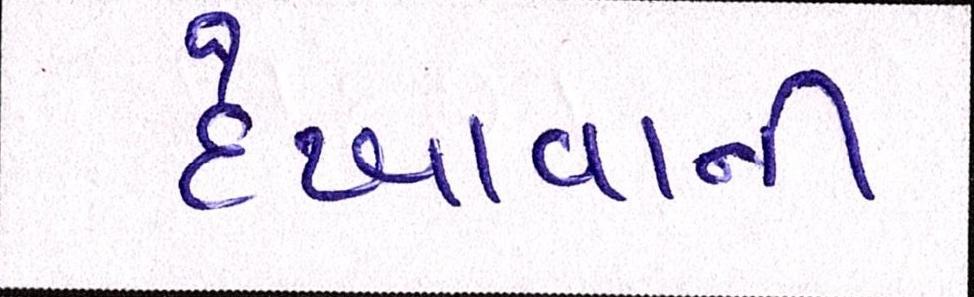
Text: દેખાવાની